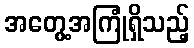
အတွေ့အကြုံရှိသည့်